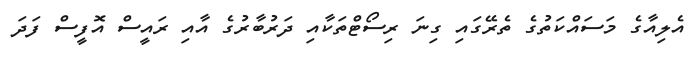
އެލިއާގެ މަސައްކަތުގެ ތެރޭގައި ގިނަ ރިސޯޓްތަކާއި ދަރުބާރުގެ އާއި ރައީސް އޮފީސް ފަދަ